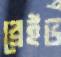
ব্রেইভ